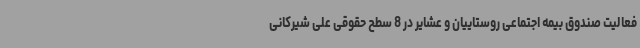
فعالیت صندوق بیمه اجتماعی روستاییان و عشایر در 8 سطح حقوقی علی شیرکانی